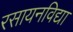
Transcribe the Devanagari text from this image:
रसायनविद्या